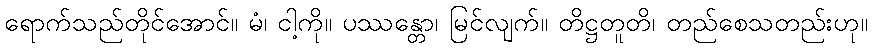
ရောက်သည်တိုင်အောင်။ မံ၊ ငါ့ကို။ ပဿန္တော၊ မြင်လျက်။ တိဋ္ဌတူတိ၊ တည်စေသတည်းဟု။